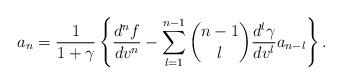
LaTeX: \begin{align*} a_{n}=\frac{1}{1+\gamma}\left\{\frac{d^{n}f}{dv^{n}}-\sum_{l=1}^{n-1}\binom{n-1}{l}\frac{d^l\gamma}{dv^l}a_{n-l}\right\}.\end{align*}